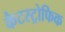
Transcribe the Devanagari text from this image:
कैटस्ट्रोफिक